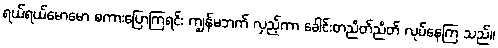
ရယ်ရယ်မောမော စကားပြောကြရင်း ကျွန်မဘက် လှည့်ကာ ခေါင်းတညိတ်ညိတ် လုပ်နေကြ သည်။